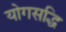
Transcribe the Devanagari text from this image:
योगसद्धि